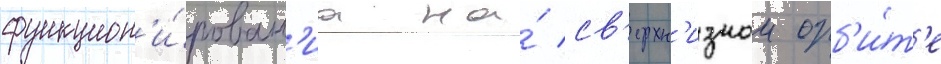
функцион'и́рован'иа на́ св'ерхн'изкои орб'и́т'е